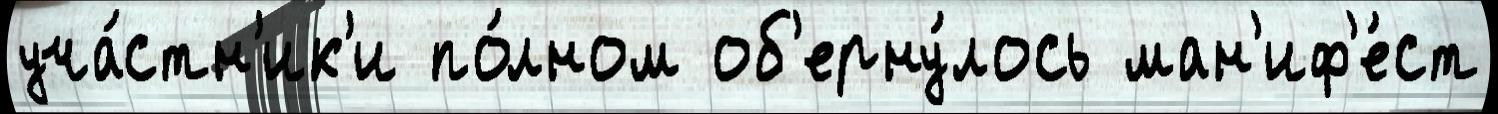
уча́стн'ик'и по́лном об'ерну́лось ман'иф'е́ст